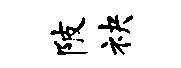
陂袂